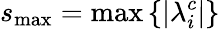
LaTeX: s_{\operatorname*{max}}=\operatorname*{max}\left\lbrace\left|\lambda_{i}^{c}\right|\right\rbrace